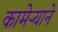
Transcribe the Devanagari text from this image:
कामेर्‍याने